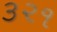
૩૨૧